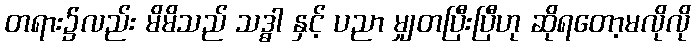
တရား၌လည်း မိမိသည် သဒ္ဓါ နှင့် ပညာ မျှတပြီးပြီဟု ဆိုရတော့မလိုလို